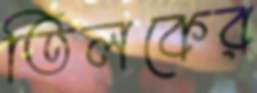
তিলকের